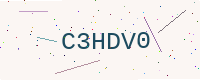
Text: C3HDV0